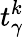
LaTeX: t_{\gamma}^{k}